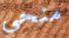
منحي